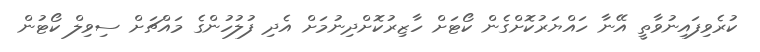
ކުރެވިފައިނުވާތީ އޭނާ ހައްޔަރުކޮށްގެން ކޯޓަށް ހާޒިރުކޮށްދިނުމަށް އެދި ފުލުހުންގެ މައްޗަށް ސިވިލް ކޯޓުން